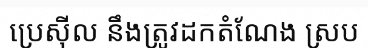
ប្រេស៊ីល នឹងត្រូវដកតំណែង ស្រប